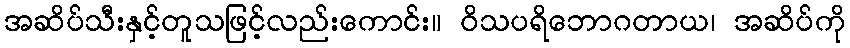
အဆိပ်သီးနှင့်တူသဖြင့်လည်းကောင်း။ ဝိသပရိဘောဂတာယ၊ အဆိပ်ကို